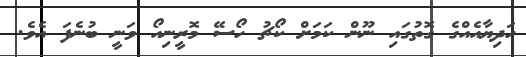
ހަދިޔާއެއްގެ ގޮތުގައި ނޫން ކަމަށް ކޯޗު ހޯސޭ މޮރީނިއޯ ވަނީ ބުނެފަ އެވެ.